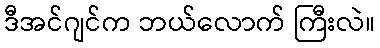
ဒီအင်ဂျင်က ဘယ်လောက် ကြီးလဲ။